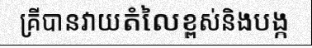
គ្រីបានវាយតំលៃខ្ពស់និងបង្ក